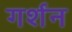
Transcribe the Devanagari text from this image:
गर्शन